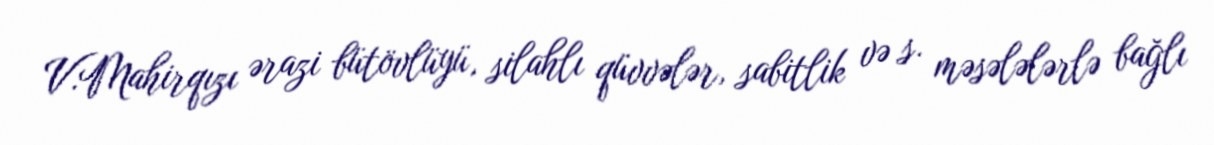
V.Mahirqızı ərazi bütövlüyü, silahlı qüvvələr, sabitlik və s. məsələlərlə bağlı